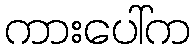
ကားပေါ်က